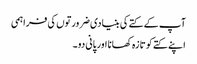
آپ کے کتے کی بنیادی ضرورتوں کی فراہمی
اپنے کتے کو تازہ کھانا اور پانی دو۔